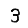
Digit: 3